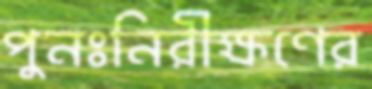
পুনঃনিরীক্ষণের